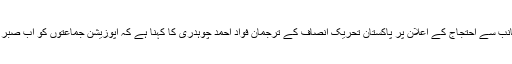
حزبِ اختلاف کی جانب سے احتجاج کے اعلان پر پاکستان تحریکِ انصاف کے ترجمان فواد احمد چوہدری کا کہنا ہے کہ اپوزیشن جماعتوں کو اب صبر سے کام لینا چاہیے۔